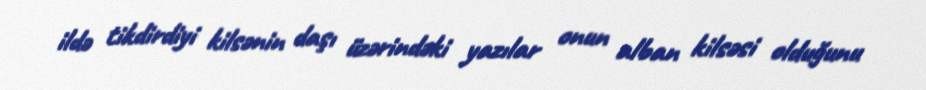
ildə tikdirdiyi kilsənin daşı üzərindəki yazılar onun alban kilsəsi olduğunu